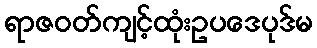
ရာဇဝတ်ကျင့်ထုံးဥပဒေပုဒ်မ